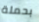
بحملة